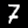
Digit: 7